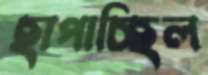
ছাপাচ্ছিল